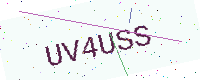
Text: UV4USS